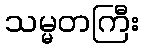
သမ္မတကြီး